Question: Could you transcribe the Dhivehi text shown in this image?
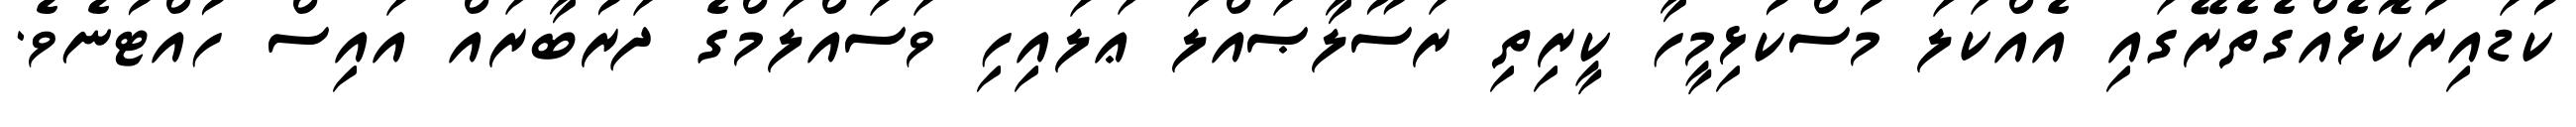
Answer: ކުޑައިރުކޮޅެއްގެތެރޭގައި އެއްކަލަ މުސްކުޅިމީހާ ކީރިތި ރަސޫލާޞައްލަ ޢަލައިހި ވަސައްލަމްގެ ދަރުބާރައް އައިސް ހުއްޓުނެވެ.